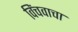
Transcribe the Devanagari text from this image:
विंचवाचा